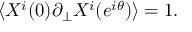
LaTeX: \langle X ^ { i } ( 0 ) \partial _ { \perp } X ^ { i } ( e ^ { i \theta } ) \rangle = 1 .